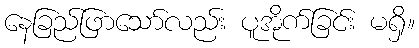
နေခြည်ဖြာသော်လည်း ပူအိုက်ခြင်း မရှိ။